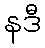
နဒီ